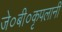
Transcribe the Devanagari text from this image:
जे०बी०कृपलानी